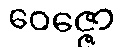
ဝေဇ္ဇော